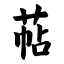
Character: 萜